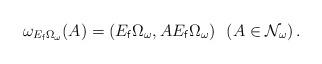
LaTeX: \begin{align*} \omega_{E_{\sf f}\Omega_\omega}(A) = (E_{\sf f}\Omega_\omega,A E_{\sf f}\Omega_\omega) \ \ (A \in \mathcal{N}_\omega)\,.\end{align*}